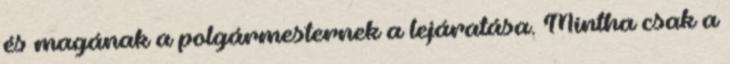
és magának a polgármesternek a lejáratása. Mintha csak a